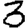
Digit: 3